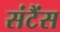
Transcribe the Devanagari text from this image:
संटैंस